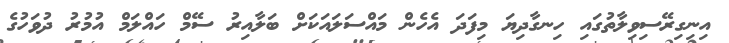
އިނިގިރޭސިވިލާތުގައި ހިނގާދިޔަ މިފަދަ އެހެން މައްސަލައަކަށް ބަލާއިރު ސޭމް ހައްލަމް އުމުރު ދުވަހުގެ